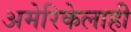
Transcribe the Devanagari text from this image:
अमेरिकेलाही